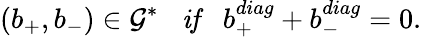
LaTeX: (b_{+},b_{-})\in{\cal G^{*}}\; \; \; \mathrm{\mathit{if}}\; \; \; b_{+}^{diag}+b_{-}^{diag}=0.